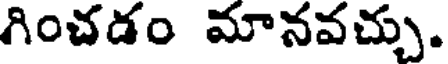
గించడం మానవచ్చు.